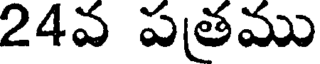
24వ పతము